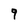
Character: 9